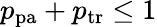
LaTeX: p_{\mathrm{pa}}+p_{\mathrm{tr}}\leq 1